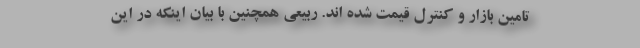
تامین بازار و کنترل قیمت شده اند. ربیعی همچنین با بیان اینکه در این